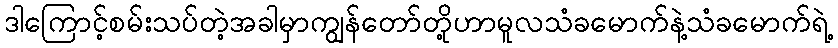
ဒါကြောင့်စမ်းသပ်တဲ့အခါမှာကျွန်တော်တို့ဟာမူလသံခမောက်နဲ့သံခမောက်ရဲ့